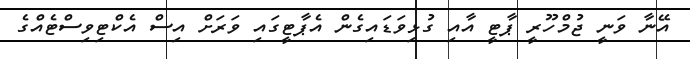
އޭނާ ވަނީ ޖުމްހޫރީ ޕާޓީ އާއި ގުޅިވަޑައިގެން އެޕާޓީގައި ވަރަށް އިސް އެކްޓިވިސްޓެއްގެ